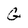
Character: G